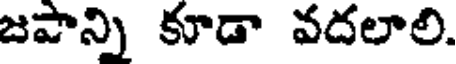
జపాన్ని కూడా వదలాలి.